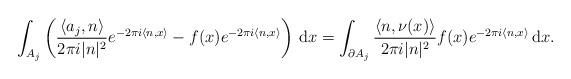
LaTeX: \begin{align*}\int_{A_j} \left(\frac{\langle a_j, n \rangle}{2 \pi i |n|^2} e^{-2 \pi i \langle n, x \rangle} -f(x) e^{-2 \pi i \langle n, x \rangle} \right) \, \textrm{d} x = \int_{\partial A_j} \frac{\langle n, \nu (x) \rangle}{2 \pi i |n|^2} f(x) e^{-2 \pi i \langle n, x \rangle} \, \textrm{d} x.\end{align*}